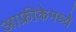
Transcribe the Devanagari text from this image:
आफ्रीकेमध्ये